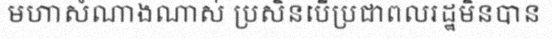
មហាសំណាងណាស់ ប្រសិនបើប្រជាពលរដ្ឋមិនបាន